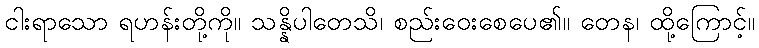
ငါးရာသော ရဟန်းတို့ကို။ သန္နိပါတေသိ၊ စည်းဝေးစေပေ၏။ တေန၊ ထို့ကြောင့်။